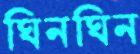
ঘিনঘিন